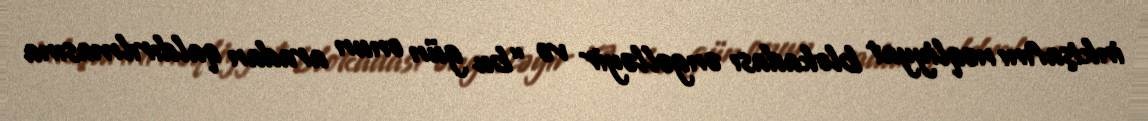
inkişafını nəqliyyat blokadası əngəlləyir və “bu gün onun aradan qaldırılmasına